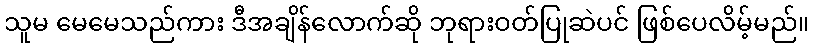
သူမ မေမေသည်ကား ဒီအချိန်လောက်ဆို ဘုရားဝတ်ပြုဆဲပင် ဖြစ်ပေလိမ့်မည်။